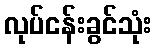
လုပ်ငန်းခွင်သုံး